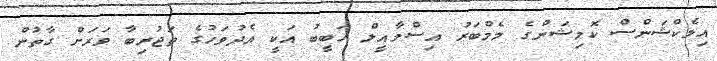
އިލެކްޝަންސް ކޮމިޝަންގެ މެމްބަރު އިސްމާއީލް ހަބީބު އަކީ އެދުވަހުގެ ތަޖުރިބާ ވަރަށް ގާތުން